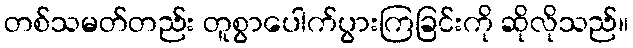
တစ်သမတ်တည်း တူစွာပေါက်ပွားကြခြင်းကို ဆိုလိုသည်။